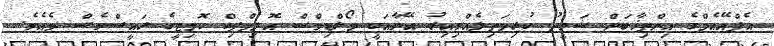
އެފްއޭއެމްގެ އިންތިޚާބަށް ޝަވީދު ކުރިމަތިލެއްވިއިރު އޭނާއަކީ މޯލްޑިވްސް އޮލިމްޕިކް ކޮމިޓީގެ ރައީސްވެސް މެއެވެ.